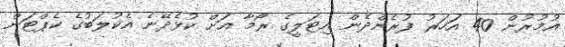
އުމުރުން 40 އަހަރު ފުރެންދެން އިޓަލީގެ ރޯމާ އަށް ކުޅެދޭނެ އެކުލަބުގެ ކެޕްޓަން